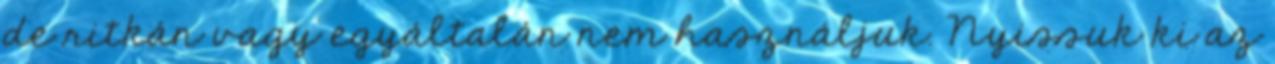
de ritkán vagy egyáltalán nem használjuk. Nyissuk ki az